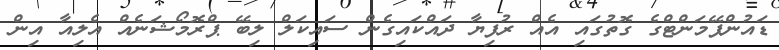
ޑައުންޕޭމަންޓްގެ ގޮތުގައި އެއް ރުފިޔާ ދައްކައިގެން ސައިކަލް ލިބޭ ޕްރޮމޯޝަނެއް އެލިއާ އިން